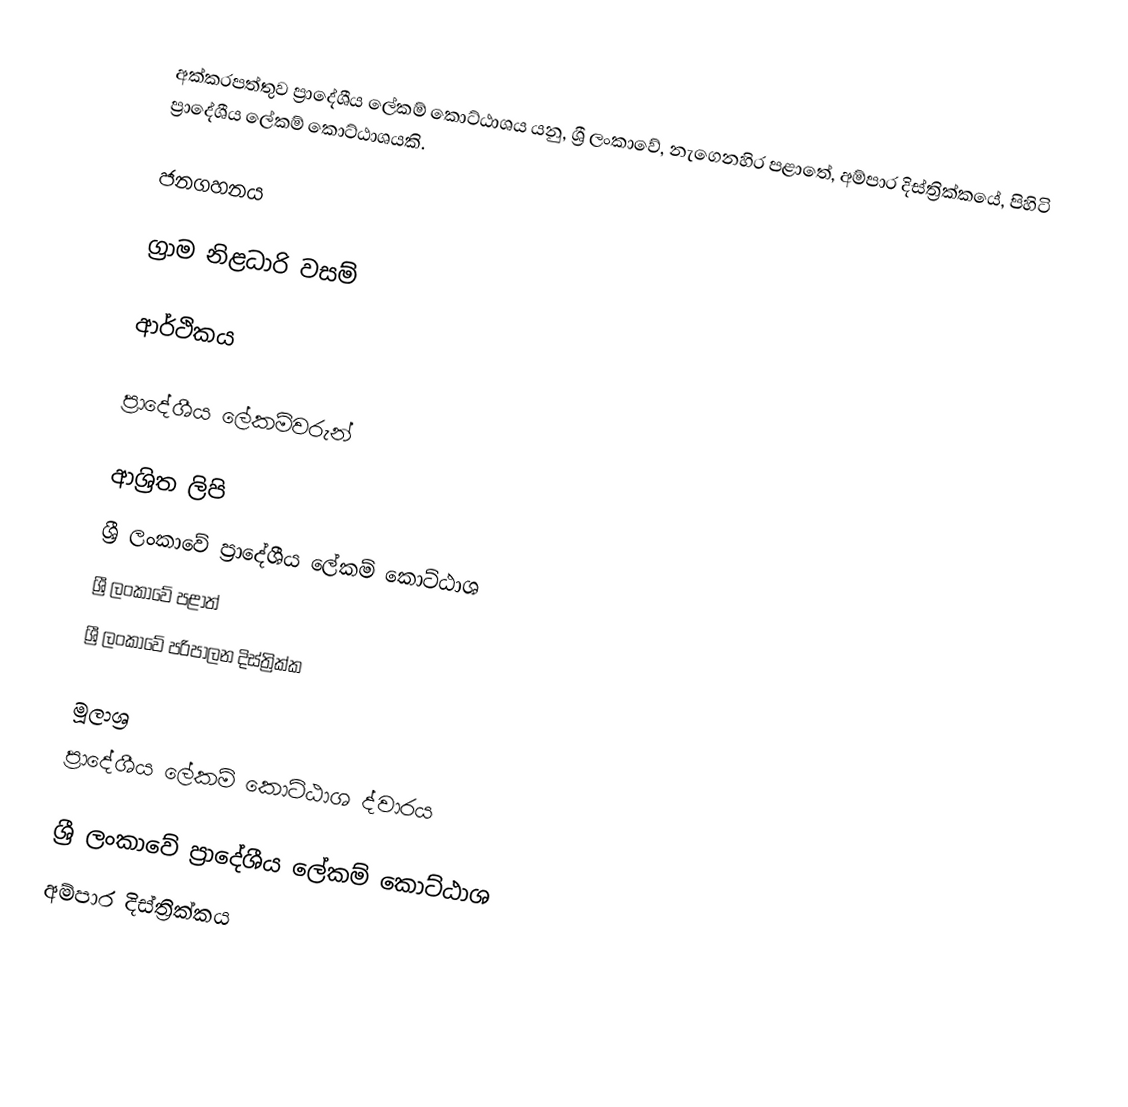
අක්කරපත්තුව ප්‍රාදේශීය ලේකම් කොට්ඨාශය යනු,  ශ්‍රී ලංකාවේ, නැගෙනහිර පළාතේ,   අම්පාර දිස්ත්‍රික්කයේ, පිහිටි ප්‍රාදේශීය ලේකම් කොට්ඨාශයකි.

ජනගහනය

ග්‍රාම නිළධාරි වසම්

ආර්ථිකය

ප්‍රාදේශීය ලේකම්වරුන්

ආශ්‍රිත ලිපි
ශ්‍රී ලංකාවේ ප්‍රාදේශීය ලේකම් කොට්ඨාශ
ශ්‍රී ලංකාවේ පළාත්
ශ්‍රී ලංකාවේ පරිපාලන දිස්ත්‍රික්ක

මූලාශ්‍ර
 ප්‍රාදේශීය ලේකම් කොට්ඨාශ ද්වාරය

ශ්‍රී ලංකාවේ ප්‍රාදේශීය ලේකම් කොට්ඨාශ
අම්පාර දිස්ත්‍රික්කය